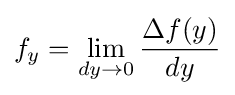
f_{y}=\lim _{dy\to 0}{\frac {\Delta f(y)}{dy}}